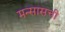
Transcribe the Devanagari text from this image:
मन्सासची